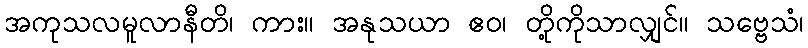
အကုသလမူလာနီတိ၊ ကား။ အနုသယာ ဧဝ၊ တို့ကိုသာလျှင်။ သဗ္ဗေသံ၊